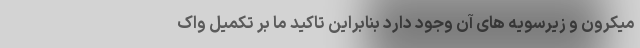
ُمیکرون و زیرسویه های آن وجود دارد بنابراین تاکید ما بر تکمیل واک